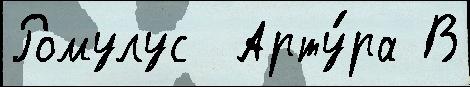
Ромулус  Арту́ра В